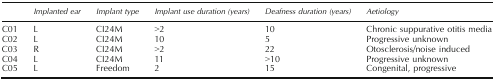
|  | Implanted ear | Implant type | Implant use duration (years) | Deafness duration (years) | Aetiology |
 | --- | --- | --- | --- | --- | --- |
 | C01 | L | CI24M | >2 | 10 | Chronic suppurative otitis media |
 | C02 | L | CI24M | 10 | 5 | Progressive unknown |
 | C03 | R | CI24M | >2 | 22 | Otosclerosis/noise induced |
 | C04 | L | CI24M | 11 | >10 | Progressive unknown |
 | C05 | L | Freedom | 2 | 15 | Congenital, progressive |